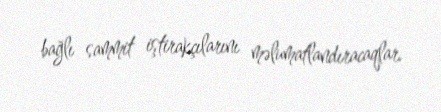
bağlı sammit iştirakçılarını məlumatlandıracaqlar.